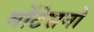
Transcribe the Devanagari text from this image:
मोंटेसनो